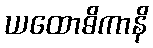
ယထောဓိကာနိ